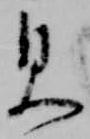
見